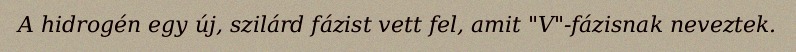
A hidrogén egy új, szilárd fázist vett fel, amit "V"-fázisnak neveztek.